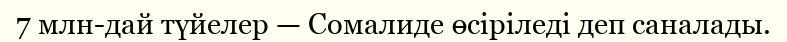
7 млн-дай түйелер — Сомалиде өсіріледі деп саналады.